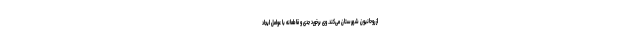
از روحانیون شهرستان می‌کند. وی برخورد جدی و قاطعانه با عوامل ایجاد